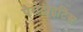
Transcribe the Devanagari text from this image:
पैरोटाइटिस